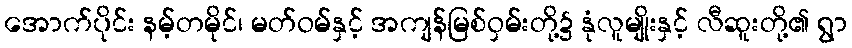
အောက်ပိုင်း နမ့်တမိုင်၊ မတ်ဝမ်နှင့် အကျန်မြစ်ဝှမ်းတို့၌ နုံလူမျိုးနှင့် လီဆူးတို့၏ ရွာ